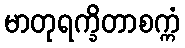
မာတုရက္ခိတာစက္ကံ